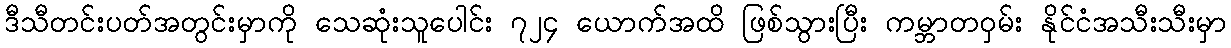
ဒီသီတင်းပတ်အတွင်းမှာကို သေဆုံးသူပေါင်း ၇၂၄ ယောက်အထိ ဖြစ်သွားပြီး ကမ္ဘာတဝှမ်း နိုင်ငံအသီးသီးမှာ